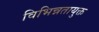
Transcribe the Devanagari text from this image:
विभिन्नतायुक्त